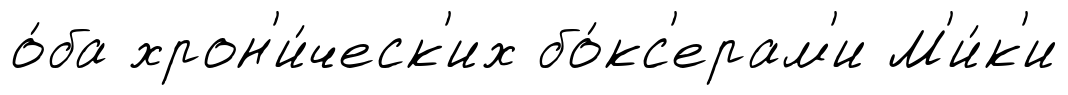
о́ба хрон'и́ческ'их бо́кс'ерам'и М'и́к'и